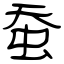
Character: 蚕